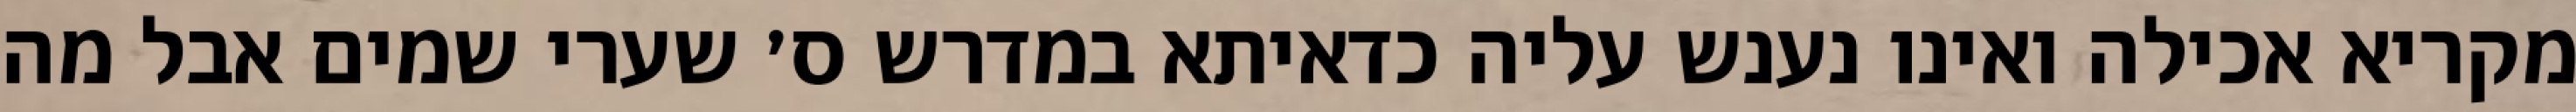
מקריא אכילה ואינו נענש עליה כדאיתא במדרש ס׳ שערי שמים אבל מה